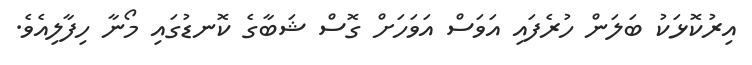
އިރުކޮޅަކު ބަލަން ހުރެފައި އަވަސް އަވަހަށް ގޮސް ޝަބާގެ ކޮނޑުގައި މޯނާ ހިފާލިއެވެ.